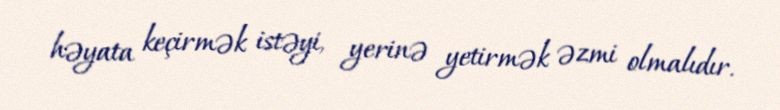
həyata keçirmək istəyi, yerinə yetirmək əzmi olmalıdır.